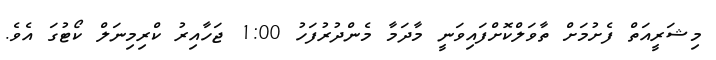
މިޝަރީއަތް ފެށުމަށް ތާވަލްކޮށްފައިވަނީ މާދަމާ މެންދުރުފަހު 1:00 ޖަހާއިރު ކްރިމިނަލް ކޯޓުގަ އެވެ.